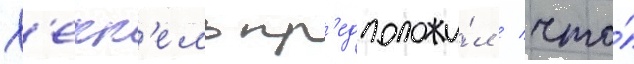
Х'екк'ель пр'едположи́л / что́